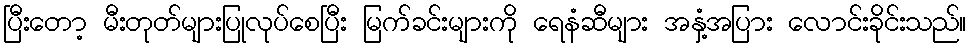
ပြီးတော့ မီးတုတ်များပြုလုပ်စေပြီး မြက်ခင်းများကို ရေနံဆီများ အနှံ့အပြား လောင်းခိုင်းသည်။